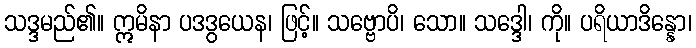
သဒ္ဒမည်၏။ ဣမိနာ ပဒဒွယေန၊ ဖြင့်။ သဗ္ဗောပိ၊ သော။ သဒ္ဒေါ၊ ကို။ ပရိယာဒိန္နော၊